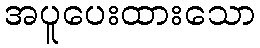
အပူပေးထားသော